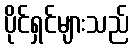
ပိုင်ရှင်များသည်